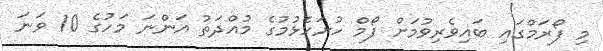
މި ފޯރަމްގައި ބައިވެރިވުމަށް ފޯމް ހުށަހެޅުމުގެ މުއްދަތު އަންނަ މަހުގެ 10 ވަނަ